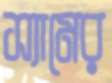
স্যামের